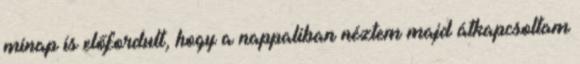
minap is előfordult, hogy a nappaliban néztem majd átkapcsoltam